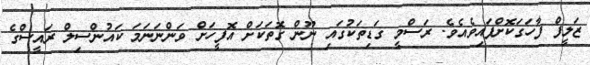
ޒަލީފް ފާހަގަކޮށްފައިވެއެވެ. ރަސްމީ ގަޑިތަކުގައި ނޫން ގޮތަކަށް އޮފީހަށް ވަންނަނަމަ ކައުންސިލް ރައީސްގެ